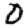
Digit: 0